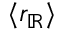
\langle r _ { \mathbb { R } } \rangle